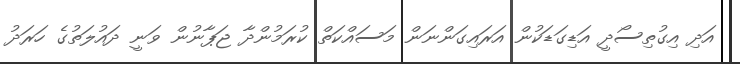
އަދި އިގުތިސޯދީ އަޑިގަޑަކުން އަރައިގަންނަން މަސައްކަތް ކުރަމުންދާ ޖަޕާނުން ވަނީ ދައުލަތުގެ ހަރަދު